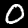
Label: 0